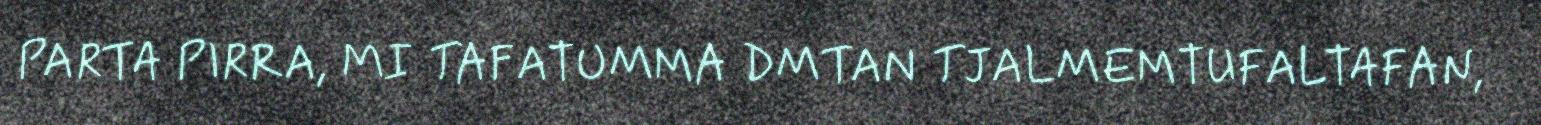
PARTA PIRRA, MI TAFATUMMA DMTAN TJALMEMTUFALTAFAN,